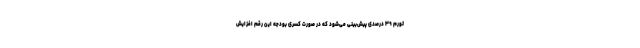
تورم ۳۹ درصدی پیش‌بینی می‌شود که در صورت کسری بودجه این رقم افزایش